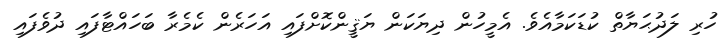
ހުރި ލަދުޙަޔާތް ކުޑަކަމާއެވެ. އެމީހުން ދިޔަކަން ޔަޤީންކޮށްފައި އަހަރެން ކެމެރާ ބަހައްޓާފައި ދުވެފައި